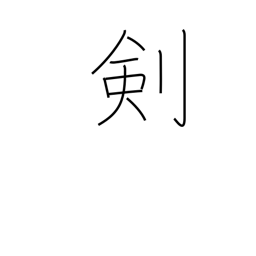
Meaning: clock hand